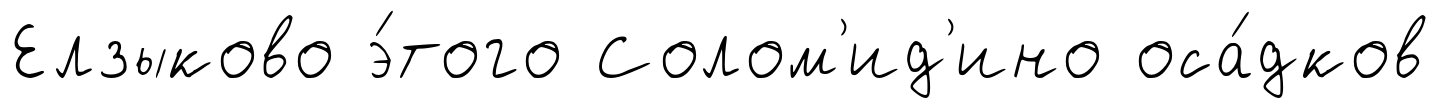
Елзыково э́того Солом'ид'ино оса́дков